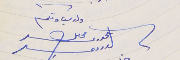
ولد سيادتكم محاىل الحورى الدرىىى